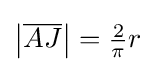
\left|{\overline {AJ}}\right|={\tfrac {2}{\pi }}r